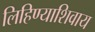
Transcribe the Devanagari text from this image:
लिहिण्याशिवाय